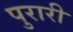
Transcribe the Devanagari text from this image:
पुरारी